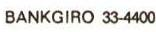
BANKGIRO 33-4400